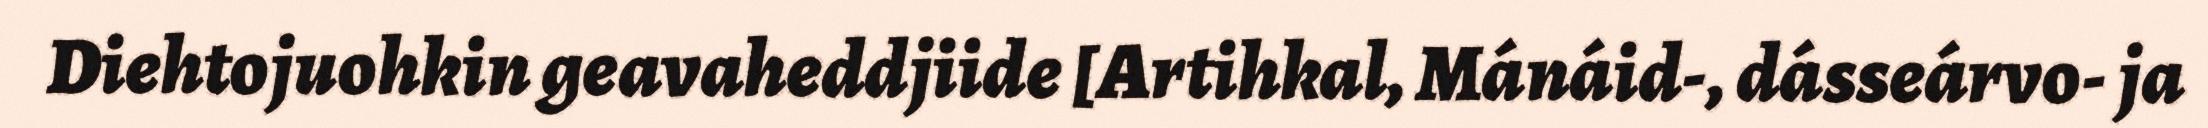
Diehtojuohkin geavaheddjiide [Artihkal, Mánáid-, dásseárvo- ja